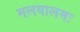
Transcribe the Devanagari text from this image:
मलयालमः